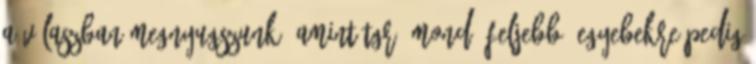
a válaszban megnyugszunk, amint Tgr. mondá feljebb. Egyebekre pedig